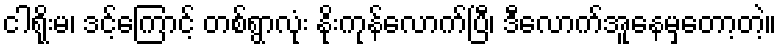
ငါရိုးမ၊ ဒင့်ကြောင့် တစ်ရွာလုံး နိုးကုန်လောက်ပြီ၊ ဒီလောက်အူနေမှတော့တဲ့။